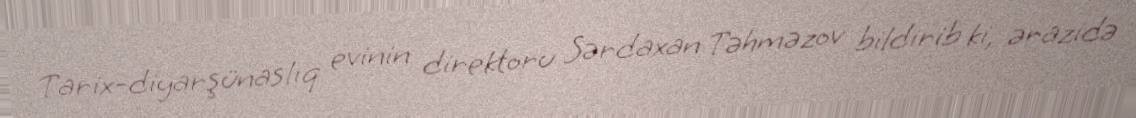
Tarix-diyarşünaslıq evinin direktoru Sərdaxan Təhməzov bildirib ki, ərazidə